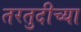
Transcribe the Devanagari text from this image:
तरतुदीच्या